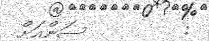
:         ސަންއަށް